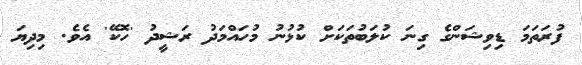
ފުރަތަމަ ޑިވިޝަންގެ ގިނަ ކުލަބުތަކަށް ކުޅުނު މުހައްމަދު ރަޝީދު 'ހޮކޭ' އެވެ. މިދިޔަ